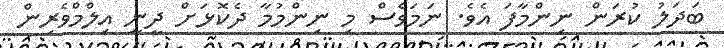
ބަދަލު ކުރަން ނިންމާފަ އެވެ. ނަމަވެސް މި ނިންމުމާ ދެކޮޅަށް ދީނީ އިލްމްވެރިިން